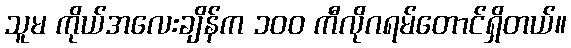
သူမ ကိုယ်အလေးချိန်က ၁၀၀ ကီလိုဂရမ်တောင်ရှိတယ်။